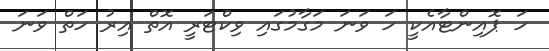
ހަ ޕޮއިންޓާއެކީ ހަ ވަނަ މަގާމުގައި ވިކްޓަރީ އޮތް އިރު ހަތް ވަނަ